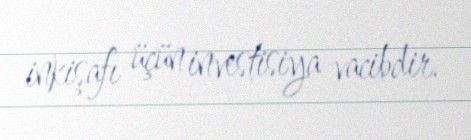
inkişafı üçün investisiya vacibdir.